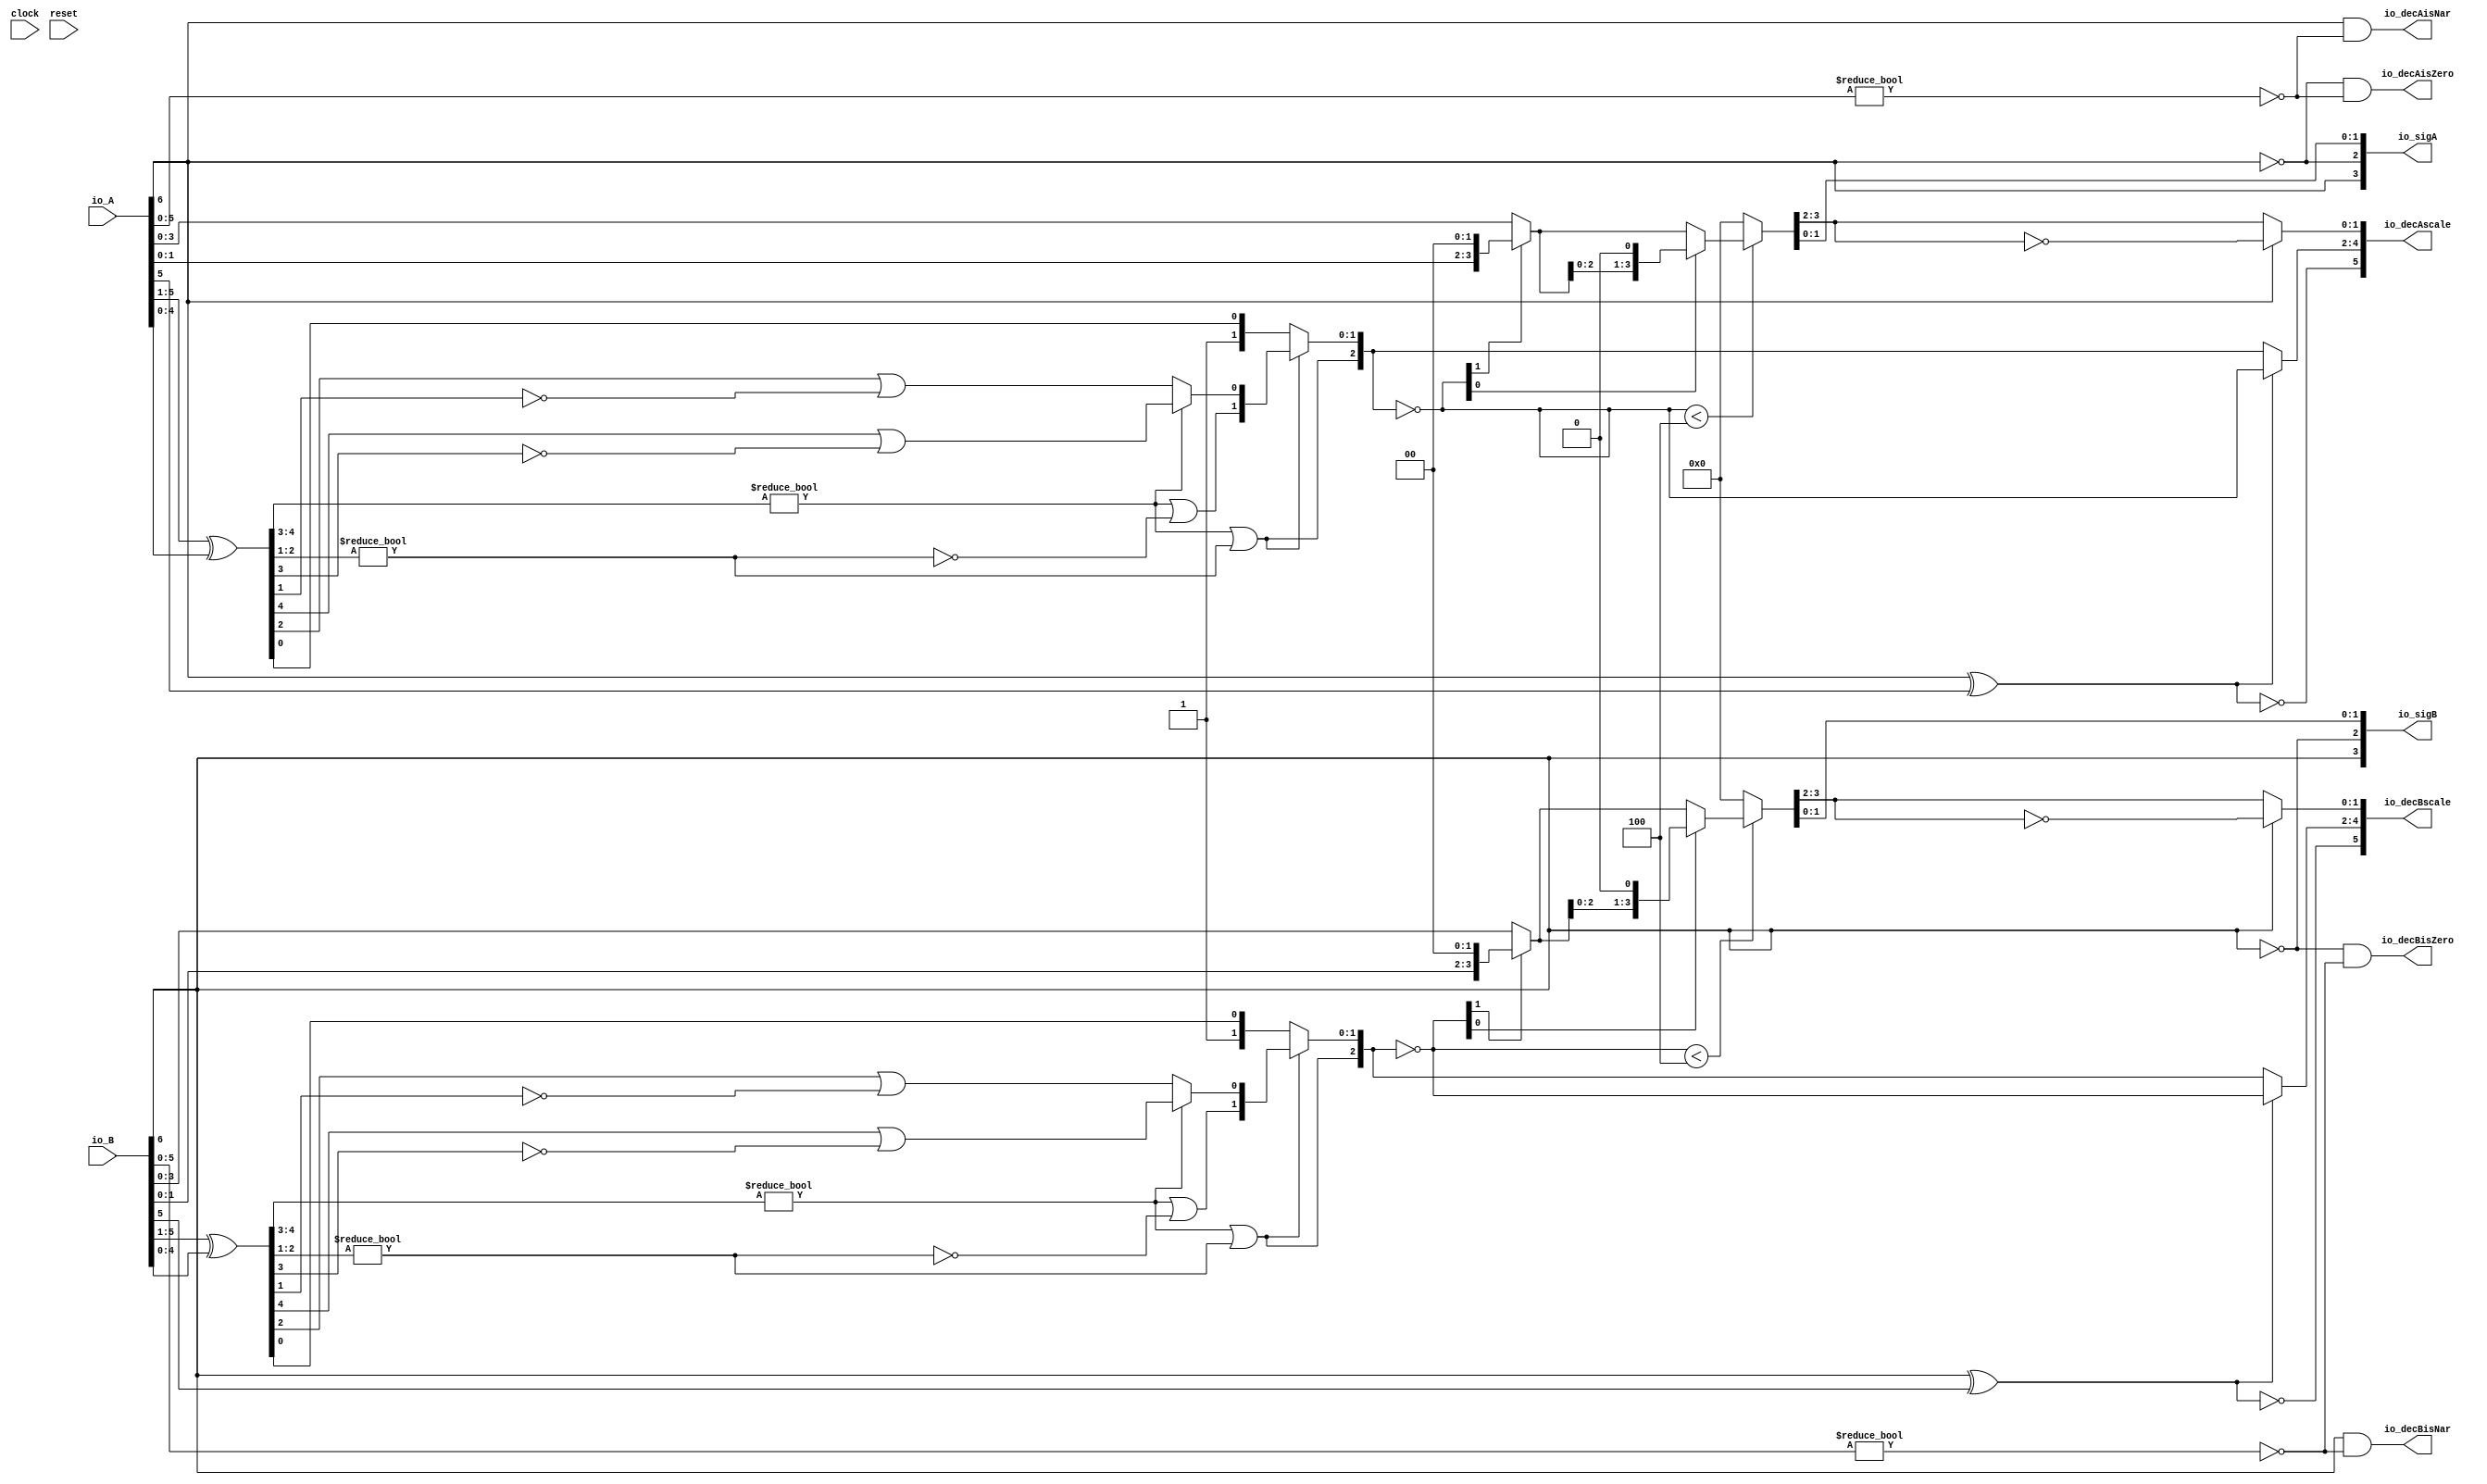
module PositMulDec7_2(
  input        clock,
  input        reset,
  input  [6:0] io_A,
  input  [6:0] io_B,
  output [3:0] io_sigA,
  output [3:0] io_sigB,
  output [5:0] io_decAscale,
  output [5:0] io_decBscale,
  output       io_decAisNar,
  output       io_decBisNar,
  output       io_decAisZero,
  output       io_decBisZero
);
  wire  _T_1; // @[convert.scala 18:24]
  wire  _T_2; // @[convert.scala 18:40]
  wire  _T_3; // @[convert.scala 18:36]
  wire [4:0] _T_4; // @[convert.scala 19:24]
  wire [4:0] _T_5; // @[convert.scala 19:43]
  wire [4:0] _T_6; // @[convert.scala 19:39]
  wire [3:0] _T_7; // @[LZD.scala 43:32]
  wire [1:0] _T_8; // @[LZD.scala 43:32]
  wire  _T_9; // @[LZD.scala 39:14]
  wire  _T_10; // @[LZD.scala 39:21]
  wire  _T_11; // @[LZD.scala 39:30]
  wire  _T_12; // @[LZD.scala 39:27]
  wire  _T_13; // @[LZD.scala 39:25]
  wire [1:0] _T_14; // @[Cat.scala 29:58]
  wire [1:0] _T_15; // @[LZD.scala 44:32]
  wire  _T_16; // @[LZD.scala 39:14]
  wire  _T_17; // @[LZD.scala 39:21]
  wire  _T_18; // @[LZD.scala 39:30]
  wire  _T_19; // @[LZD.scala 39:27]
  wire  _T_20; // @[LZD.scala 39:25]
  wire [1:0] _T_21; // @[Cat.scala 29:58]
  wire  _T_22; // @[Shift.scala 12:21]
  wire  _T_23; // @[Shift.scala 12:21]
  wire  _T_24; // @[LZD.scala 49:16]
  wire  _T_25; // @[LZD.scala 49:27]
  wire  _T_26; // @[LZD.scala 49:25]
  wire  _T_27; // @[LZD.scala 49:47]
  wire  _T_28; // @[LZD.scala 49:59]
  wire  _T_29; // @[LZD.scala 49:35]
  wire [2:0] _T_31; // @[Cat.scala 29:58]
  wire  _T_32; // @[LZD.scala 44:32]
  wire  _T_34; // @[Shift.scala 12:21]
  wire [1:0] _T_36; // @[Cat.scala 29:58]
  wire [1:0] _T_37; // @[LZD.scala 55:32]
  wire [1:0] _T_38; // @[LZD.scala 55:20]
  wire [2:0] _T_39; // @[Cat.scala 29:58]
  wire [2:0] _T_40; // @[convert.scala 21:22]
  wire [3:0] _T_41; // @[convert.scala 22:36]
  wire  _T_42; // @[Shift.scala 16:24]
  wire [1:0] _T_43; // @[Shift.scala 17:37]
  wire  _T_44; // @[Shift.scala 12:21]
  wire [1:0] _T_45; // @[Shift.scala 64:52]
  wire [3:0] _T_47; // @[Cat.scala 29:58]
  wire [3:0] _T_48; // @[Shift.scala 64:27]
  wire  _T_49; // @[Shift.scala 66:70]
  wire [2:0] _T_51; // @[Shift.scala 64:52]
  wire [3:0] _T_52; // @[Cat.scala 29:58]
  wire [3:0] _T_53; // @[Shift.scala 64:27]
  wire [3:0] _T_54; // @[Shift.scala 16:10]
  wire [1:0] _T_55; // @[convert.scala 23:34]
  wire [1:0] decA_fraction; // @[convert.scala 24:34]
  wire  _T_57; // @[convert.scala 25:26]
  wire [2:0] _T_59; // @[convert.scala 25:42]
  wire [1:0] _T_62; // @[convert.scala 26:67]
  wire [1:0] _T_63; // @[convert.scala 26:51]
  wire [5:0] _T_64; // @[Cat.scala 29:58]
  wire [5:0] _T_66; // @[convert.scala 29:56]
  wire  _T_67; // @[convert.scala 29:60]
  wire  _T_68; // @[convert.scala 29:41]
  wire  _T_71; // @[convert.scala 30:19]
  wire  _T_80; // @[convert.scala 18:24]
  wire  _T_81; // @[convert.scala 18:40]
  wire  _T_82; // @[convert.scala 18:36]
  wire [4:0] _T_83; // @[convert.scala 19:24]
  wire [4:0] _T_84; // @[convert.scala 19:43]
  wire [4:0] _T_85; // @[convert.scala 19:39]
  wire [3:0] _T_86; // @[LZD.scala 43:32]
  wire [1:0] _T_87; // @[LZD.scala 43:32]
  wire  _T_88; // @[LZD.scala 39:14]
  wire  _T_89; // @[LZD.scala 39:21]
  wire  _T_90; // @[LZD.scala 39:30]
  wire  _T_91; // @[LZD.scala 39:27]
  wire  _T_92; // @[LZD.scala 39:25]
  wire [1:0] _T_93; // @[Cat.scala 29:58]
  wire [1:0] _T_94; // @[LZD.scala 44:32]
  wire  _T_95; // @[LZD.scala 39:14]
  wire  _T_96; // @[LZD.scala 39:21]
  wire  _T_97; // @[LZD.scala 39:30]
  wire  _T_98; // @[LZD.scala 39:27]
  wire  _T_99; // @[LZD.scala 39:25]
  wire [1:0] _T_100; // @[Cat.scala 29:58]
  wire  _T_101; // @[Shift.scala 12:21]
  wire  _T_102; // @[Shift.scala 12:21]
  wire  _T_103; // @[LZD.scala 49:16]
  wire  _T_104; // @[LZD.scala 49:27]
  wire  _T_105; // @[LZD.scala 49:25]
  wire  _T_106; // @[LZD.scala 49:47]
  wire  _T_107; // @[LZD.scala 49:59]
  wire  _T_108; // @[LZD.scala 49:35]
  wire [2:0] _T_110; // @[Cat.scala 29:58]
  wire  _T_111; // @[LZD.scala 44:32]
  wire  _T_113; // @[Shift.scala 12:21]
  wire [1:0] _T_115; // @[Cat.scala 29:58]
  wire [1:0] _T_116; // @[LZD.scala 55:32]
  wire [1:0] _T_117; // @[LZD.scala 55:20]
  wire [2:0] _T_118; // @[Cat.scala 29:58]
  wire [2:0] _T_119; // @[convert.scala 21:22]
  wire [3:0] _T_120; // @[convert.scala 22:36]
  wire  _T_121; // @[Shift.scala 16:24]
  wire [1:0] _T_122; // @[Shift.scala 17:37]
  wire  _T_123; // @[Shift.scala 12:21]
  wire [1:0] _T_124; // @[Shift.scala 64:52]
  wire [3:0] _T_126; // @[Cat.scala 29:58]
  wire [3:0] _T_127; // @[Shift.scala 64:27]
  wire  _T_128; // @[Shift.scala 66:70]
  wire [2:0] _T_130; // @[Shift.scala 64:52]
  wire [3:0] _T_131; // @[Cat.scala 29:58]
  wire [3:0] _T_132; // @[Shift.scala 64:27]
  wire [3:0] _T_133; // @[Shift.scala 16:10]
  wire [1:0] _T_134; // @[convert.scala 23:34]
  wire [1:0] decB_fraction; // @[convert.scala 24:34]
  wire  _T_136; // @[convert.scala 25:26]
  wire [2:0] _T_138; // @[convert.scala 25:42]
  wire [1:0] _T_141; // @[convert.scala 26:67]
  wire [1:0] _T_142; // @[convert.scala 26:51]
  wire [5:0] _T_143; // @[Cat.scala 29:58]
  wire [5:0] _T_145; // @[convert.scala 29:56]
  wire  _T_146; // @[convert.scala 29:60]
  wire  _T_147; // @[convert.scala 29:41]
  wire  _T_150; // @[convert.scala 30:19]
  wire  _T_158; // @[PositMulDec.scala 31:34]
  wire [3:0] _T_160; // @[Cat.scala 29:58]
  wire  _T_162; // @[PositMulDec.scala 32:34]
  wire [3:0] _T_164; // @[Cat.scala 29:58]
  assign _T_1 = io_A[6]; // @[convert.scala 18:24]
  assign _T_2 = io_A[5]; // @[convert.scala 18:40]
  assign _T_3 = _T_1 ^ _T_2; // @[convert.scala 18:36]
  assign _T_4 = io_A[5:1]; // @[convert.scala 19:24]
  assign _T_5 = io_A[4:0]; // @[convert.scala 19:43]
  assign _T_6 = _T_4 ^ _T_5; // @[convert.scala 19:39]
  assign _T_7 = _T_6[4:1]; // @[LZD.scala 43:32]
  assign _T_8 = _T_7[3:2]; // @[LZD.scala 43:32]
  assign _T_9 = _T_8 != 2'h0; // @[LZD.scala 39:14]
  assign _T_10 = _T_8[1]; // @[LZD.scala 39:21]
  assign _T_11 = _T_8[0]; // @[LZD.scala 39:30]
  assign _T_12 = ~ _T_11; // @[LZD.scala 39:27]
  assign _T_13 = _T_10 | _T_12; // @[LZD.scala 39:25]
  assign _T_14 = {_T_9,_T_13}; // @[Cat.scala 29:58]
  assign _T_15 = _T_7[1:0]; // @[LZD.scala 44:32]
  assign _T_16 = _T_15 != 2'h0; // @[LZD.scala 39:14]
  assign _T_17 = _T_15[1]; // @[LZD.scala 39:21]
  assign _T_18 = _T_15[0]; // @[LZD.scala 39:30]
  assign _T_19 = ~ _T_18; // @[LZD.scala 39:27]
  assign _T_20 = _T_17 | _T_19; // @[LZD.scala 39:25]
  assign _T_21 = {_T_16,_T_20}; // @[Cat.scala 29:58]
  assign _T_22 = _T_14[1]; // @[Shift.scala 12:21]
  assign _T_23 = _T_21[1]; // @[Shift.scala 12:21]
  assign _T_24 = _T_22 | _T_23; // @[LZD.scala 49:16]
  assign _T_25 = ~ _T_23; // @[LZD.scala 49:27]
  assign _T_26 = _T_22 | _T_25; // @[LZD.scala 49:25]
  assign _T_27 = _T_14[0:0]; // @[LZD.scala 49:47]
  assign _T_28 = _T_21[0:0]; // @[LZD.scala 49:59]
  assign _T_29 = _T_22 ? _T_27 : _T_28; // @[LZD.scala 49:35]
  assign _T_31 = {_T_24,_T_26,_T_29}; // @[Cat.scala 29:58]
  assign _T_32 = _T_6[0:0]; // @[LZD.scala 44:32]
  assign _T_34 = _T_31[2]; // @[Shift.scala 12:21]
  assign _T_36 = {1'h1,_T_32}; // @[Cat.scala 29:58]
  assign _T_37 = _T_31[1:0]; // @[LZD.scala 55:32]
  assign _T_38 = _T_34 ? _T_37 : _T_36; // @[LZD.scala 55:20]
  assign _T_39 = {_T_34,_T_38}; // @[Cat.scala 29:58]
  assign _T_40 = ~ _T_39; // @[convert.scala 21:22]
  assign _T_41 = io_A[3:0]; // @[convert.scala 22:36]
  assign _T_42 = _T_40 < 3'h4; // @[Shift.scala 16:24]
  assign _T_43 = _T_40[1:0]; // @[Shift.scala 17:37]
  assign _T_44 = _T_43[1]; // @[Shift.scala 12:21]
  assign _T_45 = _T_41[1:0]; // @[Shift.scala 64:52]
  assign _T_47 = {_T_45,2'h0}; // @[Cat.scala 29:58]
  assign _T_48 = _T_44 ? _T_47 : _T_41; // @[Shift.scala 64:27]
  assign _T_49 = _T_43[0:0]; // @[Shift.scala 66:70]
  assign _T_51 = _T_48[2:0]; // @[Shift.scala 64:52]
  assign _T_52 = {_T_51,1'h0}; // @[Cat.scala 29:58]
  assign _T_53 = _T_49 ? _T_52 : _T_48; // @[Shift.scala 64:27]
  assign _T_54 = _T_42 ? _T_53 : 4'h0; // @[Shift.scala 16:10]
  assign _T_55 = _T_54[3:2]; // @[convert.scala 23:34]
  assign decA_fraction = _T_54[1:0]; // @[convert.scala 24:34]
  assign _T_57 = _T_3 == 1'h0; // @[convert.scala 25:26]
  assign _T_59 = _T_3 ? _T_40 : _T_39; // @[convert.scala 25:42]
  assign _T_62 = ~ _T_55; // @[convert.scala 26:67]
  assign _T_63 = _T_1 ? _T_62 : _T_55; // @[convert.scala 26:51]
  assign _T_64 = {_T_57,_T_59,_T_63}; // @[Cat.scala 29:58]
  assign _T_66 = io_A[5:0]; // @[convert.scala 29:56]
  assign _T_67 = _T_66 != 6'h0; // @[convert.scala 29:60]
  assign _T_68 = ~ _T_67; // @[convert.scala 29:41]
  assign _T_71 = _T_1 == 1'h0; // @[convert.scala 30:19]
  assign _T_80 = io_B[6]; // @[convert.scala 18:24]
  assign _T_81 = io_B[5]; // @[convert.scala 18:40]
  assign _T_82 = _T_80 ^ _T_81; // @[convert.scala 18:36]
  assign _T_83 = io_B[5:1]; // @[convert.scala 19:24]
  assign _T_84 = io_B[4:0]; // @[convert.scala 19:43]
  assign _T_85 = _T_83 ^ _T_84; // @[convert.scala 19:39]
  assign _T_86 = _T_85[4:1]; // @[LZD.scala 43:32]
  assign _T_87 = _T_86[3:2]; // @[LZD.scala 43:32]
  assign _T_88 = _T_87 != 2'h0; // @[LZD.scala 39:14]
  assign _T_89 = _T_87[1]; // @[LZD.scala 39:21]
  assign _T_90 = _T_87[0]; // @[LZD.scala 39:30]
  assign _T_91 = ~ _T_90; // @[LZD.scala 39:27]
  assign _T_92 = _T_89 | _T_91; // @[LZD.scala 39:25]
  assign _T_93 = {_T_88,_T_92}; // @[Cat.scala 29:58]
  assign _T_94 = _T_86[1:0]; // @[LZD.scala 44:32]
  assign _T_95 = _T_94 != 2'h0; // @[LZD.scala 39:14]
  assign _T_96 = _T_94[1]; // @[LZD.scala 39:21]
  assign _T_97 = _T_94[0]; // @[LZD.scala 39:30]
  assign _T_98 = ~ _T_97; // @[LZD.scala 39:27]
  assign _T_99 = _T_96 | _T_98; // @[LZD.scala 39:25]
  assign _T_100 = {_T_95,_T_99}; // @[Cat.scala 29:58]
  assign _T_101 = _T_93[1]; // @[Shift.scala 12:21]
  assign _T_102 = _T_100[1]; // @[Shift.scala 12:21]
  assign _T_103 = _T_101 | _T_102; // @[LZD.scala 49:16]
  assign _T_104 = ~ _T_102; // @[LZD.scala 49:27]
  assign _T_105 = _T_101 | _T_104; // @[LZD.scala 49:25]
  assign _T_106 = _T_93[0:0]; // @[LZD.scala 49:47]
  assign _T_107 = _T_100[0:0]; // @[LZD.scala 49:59]
  assign _T_108 = _T_101 ? _T_106 : _T_107; // @[LZD.scala 49:35]
  assign _T_110 = {_T_103,_T_105,_T_108}; // @[Cat.scala 29:58]
  assign _T_111 = _T_85[0:0]; // @[LZD.scala 44:32]
  assign _T_113 = _T_110[2]; // @[Shift.scala 12:21]
  assign _T_115 = {1'h1,_T_111}; // @[Cat.scala 29:58]
  assign _T_116 = _T_110[1:0]; // @[LZD.scala 55:32]
  assign _T_117 = _T_113 ? _T_116 : _T_115; // @[LZD.scala 55:20]
  assign _T_118 = {_T_113,_T_117}; // @[Cat.scala 29:58]
  assign _T_119 = ~ _T_118; // @[convert.scala 21:22]
  assign _T_120 = io_B[3:0]; // @[convert.scala 22:36]
  assign _T_121 = _T_119 < 3'h4; // @[Shift.scala 16:24]
  assign _T_122 = _T_119[1:0]; // @[Shift.scala 17:37]
  assign _T_123 = _T_122[1]; // @[Shift.scala 12:21]
  assign _T_124 = _T_120[1:0]; // @[Shift.scala 64:52]
  assign _T_126 = {_T_124,2'h0}; // @[Cat.scala 29:58]
  assign _T_127 = _T_123 ? _T_126 : _T_120; // @[Shift.scala 64:27]
  assign _T_128 = _T_122[0:0]; // @[Shift.scala 66:70]
  assign _T_130 = _T_127[2:0]; // @[Shift.scala 64:52]
  assign _T_131 = {_T_130,1'h0}; // @[Cat.scala 29:58]
  assign _T_132 = _T_128 ? _T_131 : _T_127; // @[Shift.scala 64:27]
  assign _T_133 = _T_121 ? _T_132 : 4'h0; // @[Shift.scala 16:10]
  assign _T_134 = _T_133[3:2]; // @[convert.scala 23:34]
  assign decB_fraction = _T_133[1:0]; // @[convert.scala 24:34]
  assign _T_136 = _T_82 == 1'h0; // @[convert.scala 25:26]
  assign _T_138 = _T_82 ? _T_119 : _T_118; // @[convert.scala 25:42]
  assign _T_141 = ~ _T_134; // @[convert.scala 26:67]
  assign _T_142 = _T_80 ? _T_141 : _T_134; // @[convert.scala 26:51]
  assign _T_143 = {_T_136,_T_138,_T_142}; // @[Cat.scala 29:58]
  assign _T_145 = io_B[5:0]; // @[convert.scala 29:56]
  assign _T_146 = _T_145 != 6'h0; // @[convert.scala 29:60]
  assign _T_147 = ~ _T_146; // @[convert.scala 29:41]
  assign _T_150 = _T_80 == 1'h0; // @[convert.scala 30:19]
  assign _T_158 = ~ _T_1; // @[PositMulDec.scala 31:34]
  assign _T_160 = {_T_1,_T_158,decA_fraction}; // @[Cat.scala 29:58]
  assign _T_162 = ~ _T_80; // @[PositMulDec.scala 32:34]
  assign _T_164 = {_T_80,_T_162,decB_fraction}; // @[Cat.scala 29:58]
  assign io_sigA = $signed(_T_160); // @[PositMulDec.scala 31:16]
  assign io_sigB = $signed(_T_164); // @[PositMulDec.scala 32:16]
  assign io_decAscale = $signed(_T_64); // @[PositMulDec.scala 33:16]
  assign io_decBscale = $signed(_T_143); // @[PositMulDec.scala 34:16]
  assign io_decAisNar = _T_1 & _T_68; // @[PositMulDec.scala 35:16]
  assign io_decBisNar = _T_80 & _T_147; // @[PositMulDec.scala 36:16]
  assign io_decAisZero = _T_71 & _T_68; // @[PositMulDec.scala 37:17]
  assign io_decBisZero = _T_150 & _T_147; // @[PositMulDec.scala 38:17]
endmodule